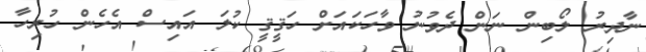
ނާދިރު ލޯބިން ނަން ދެވުނު ވާހަކައަށް ހަޤީޤީ ކުލަ އައިސް އެހެން ހުރިހާ